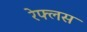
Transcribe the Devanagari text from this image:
रेफ्लस